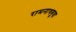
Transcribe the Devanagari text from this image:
रामनाथबुवा